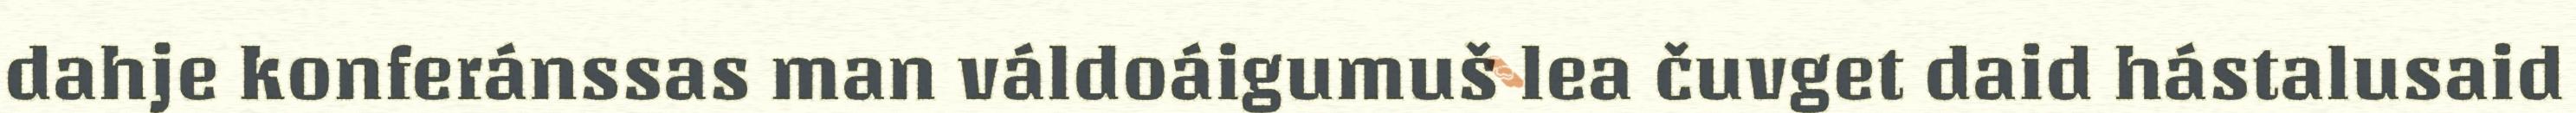
dahje konferánssas man váldoáigumuš lea čuvget daid hástalusaid